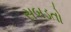
સબડતો